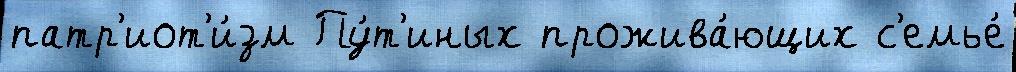
патр'иот'и́зм Пу́т'иных прожива́ющих с'емье́